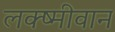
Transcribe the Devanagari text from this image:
लक्ष्मीवान